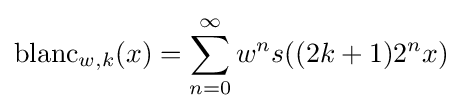
{\mbox{blanc}}_{w,k}(x)=\sum _{n=0}^{\infty }w^{n}s((2k+1)2^{n}x)